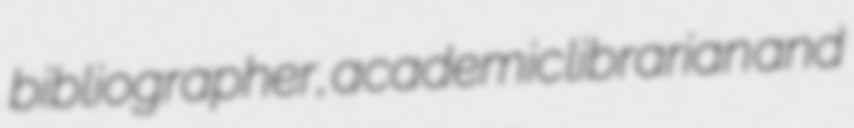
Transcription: bibliographer, academic librarian and